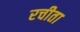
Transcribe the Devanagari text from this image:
रचीता